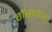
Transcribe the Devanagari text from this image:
गॅसवर